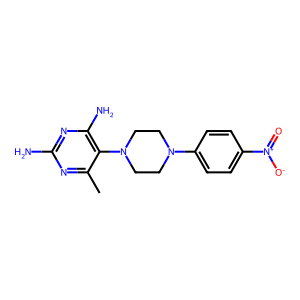
SMILES: Cc1nc(N)nc(N)c1N1CCN(c2ccc([N+](=O)[O-])cc2)CC1
Inhibits HIV replication: No